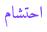
احتشام